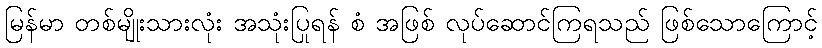
မြန်မာ တစ်မျိုးသားလုံး အသုံးပြုရန် စံ အဖြစ် လုပ်ဆောင်ကြရသည် ဖြစ်သောကြောင့်